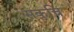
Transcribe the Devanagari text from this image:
सकुचि